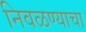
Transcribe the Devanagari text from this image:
निवळण्याचा